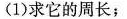
(1) 求它的周长；